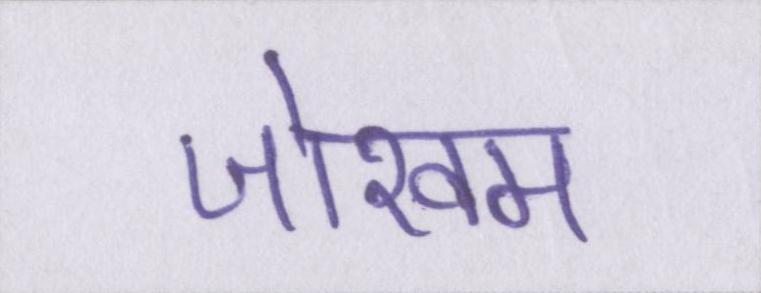
जोखम